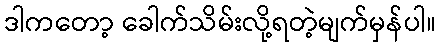
ဒါကတော့ ခေါက်သိမ်းလို့ရတဲ့မျက်မှန်ပါ။